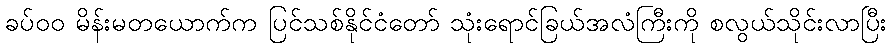
ခပ်၀၀ မိန်းမတယောက်က ပြင်သစ်နိုင်ငံတော် သုံးရောင်ခြယ်အလံကြီးကို စလွယ်သိုင်းလာပြီး